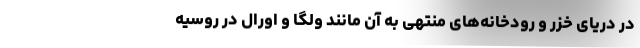
در دریای خزر و رودخانه‌های منتهی به آن مانند ولگا و اورال در روسیه